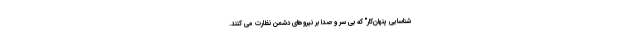
شناسایی پنهان‌کار" که بی سر و صدا بر نیروهای دشمن نظارت می کنند.